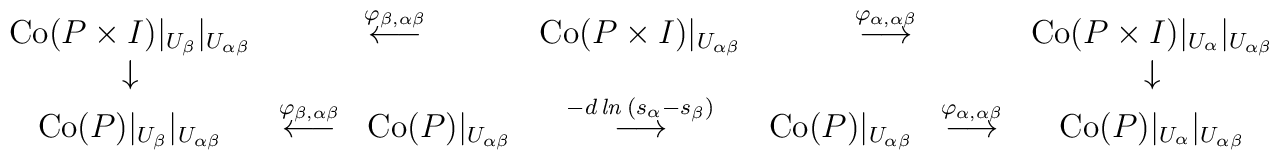
\begin{array}{ccccccc}\mbox{Co}(P \times I) |_{U_{\beta}} |_{U_{\alpha \beta}} &\multicolumn{2}{c}{ \stackrel{ \varphi_{\beta, \alpha \beta} }{ \longleftarrow}} & \mbox{Co}(P \times I) |_{U_{\alpha \beta}} &\multicolumn{2}{c}{ \stackrel{ \varphi_{\alpha, \alpha \beta} }{ \longrightarrow } } &\mbox{Co}(P \times I) |_{U_{\alpha}} |_{U_{\alpha \beta}} \\\downarrow & & & & & & \downarrow \\\mbox{Co}(P) |_{U_{\beta}} |_{U_{\alpha \beta}} &\stackrel{ \varphi_{\beta, \alpha \beta} }{ \longleftarrow } &\mbox{Co}(P) |_{U_{\alpha \beta}} &\stackrel{ - d \, {\it ln} \: (s_{\alpha} - s_{\beta} ) }{ \longrightarrow } &\mbox{Co}(P)|_{U_{\alpha \beta}} &\stackrel{ \varphi_{\alpha, \alpha \beta} }{ \longrightarrow } &\mbox{Co}(P)|_{U_{\alpha}} |_{U_{\alpha \beta}}\end{array}